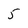
Character: 5